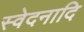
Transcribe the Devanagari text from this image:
स्वेदनादि